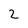
Character: 2